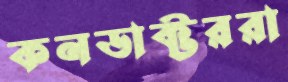
কনডাক্টররা